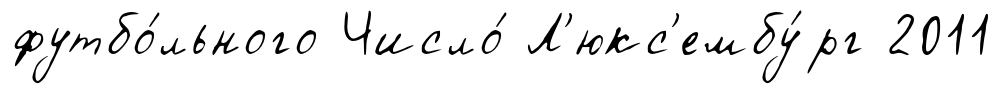
футбо́льного Число́ Л'юкс'ембу́рг 2011